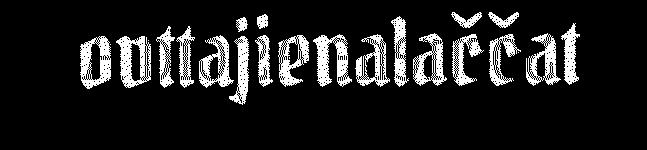
ovttajienalaččat